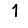
Digit: 1